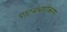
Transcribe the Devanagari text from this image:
पाटबंधारीकरण